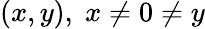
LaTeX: (x,y),\; x\neq 0\neq y